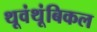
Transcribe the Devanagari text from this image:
थूवंथूंबिकल